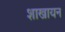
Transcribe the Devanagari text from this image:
शाखायन